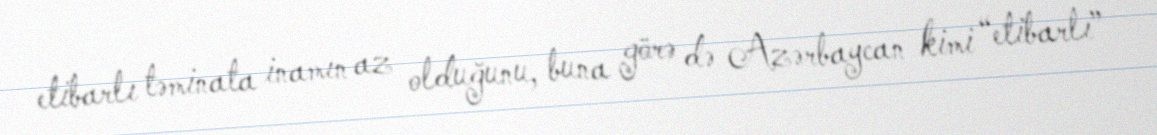
etibarlı təminata inamın az olduğunu, buna görə də Azərbaycan kimi “etibarlı”